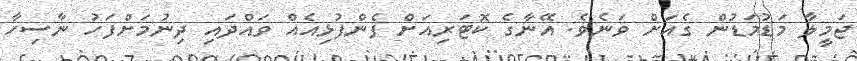
ޖަމީލާ މަޑުމަޑުން ގެއަށް ވަނެވެ. އޭނާގެ ކޮޓަރިއަށް ފެންފުޅިއެއް ވައްދައި ދިނުމަށްފަހު ނާސިހާ